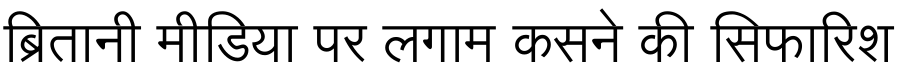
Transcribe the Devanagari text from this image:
ब्रितानी मीडिया पर लगाम कसने की सिफारिश